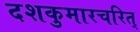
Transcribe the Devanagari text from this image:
दशकुमारचरित्‌